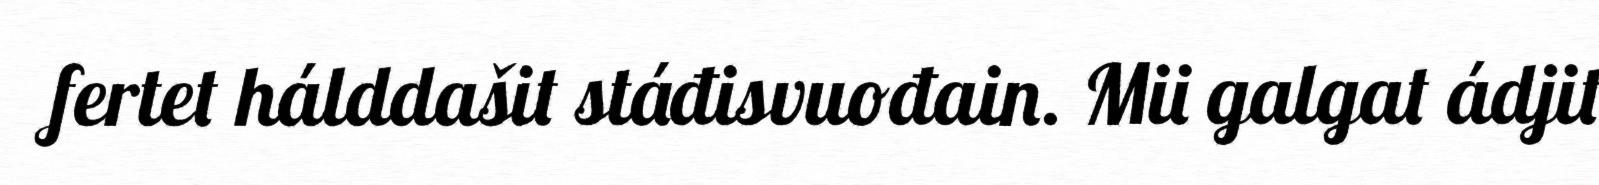
fertet hálddašit stáđisvuođain. Mii galgat ádjit